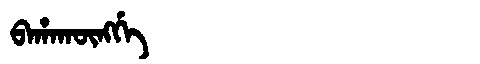
Manchu: ᠪᠠᡥᠠᡴᡡᠩᡤᡝ
Romanization: BAHAKŪNGGE